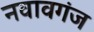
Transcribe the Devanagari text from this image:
नवावगंज